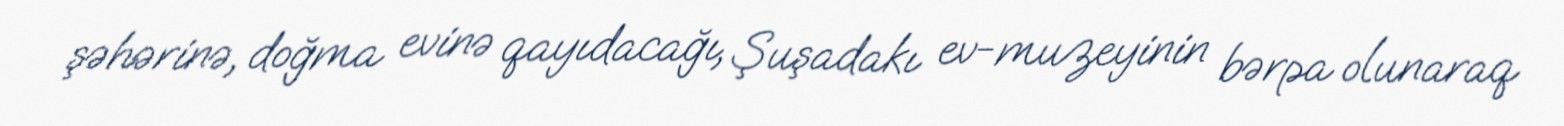
şəhərinə, doğma evinə qayıdacağı, Şuşadakı ev-muzeyinin bərpa olunaraq